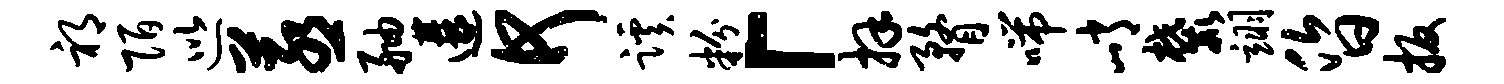
祁陌巡蒸舳遘何蹊粉「拜瞀喘峭麓翊昏扳